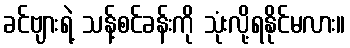
ခင်ဗျားရဲ့ သန့်စင်ခန်းကို သုံးလို့ရနိုင်မလား။